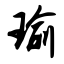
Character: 瑜